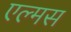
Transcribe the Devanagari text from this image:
एल्मस